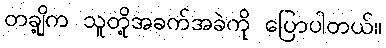
တချို့က သူတို့အခက်အခဲကို ပြောပါတယ်။